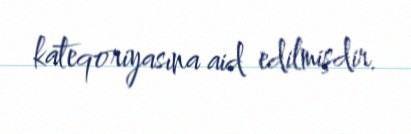
kateqoriyasına aid edilmişdir.